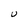
Character: U